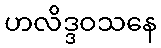
ဟလိဒ္ဒဝသနေ